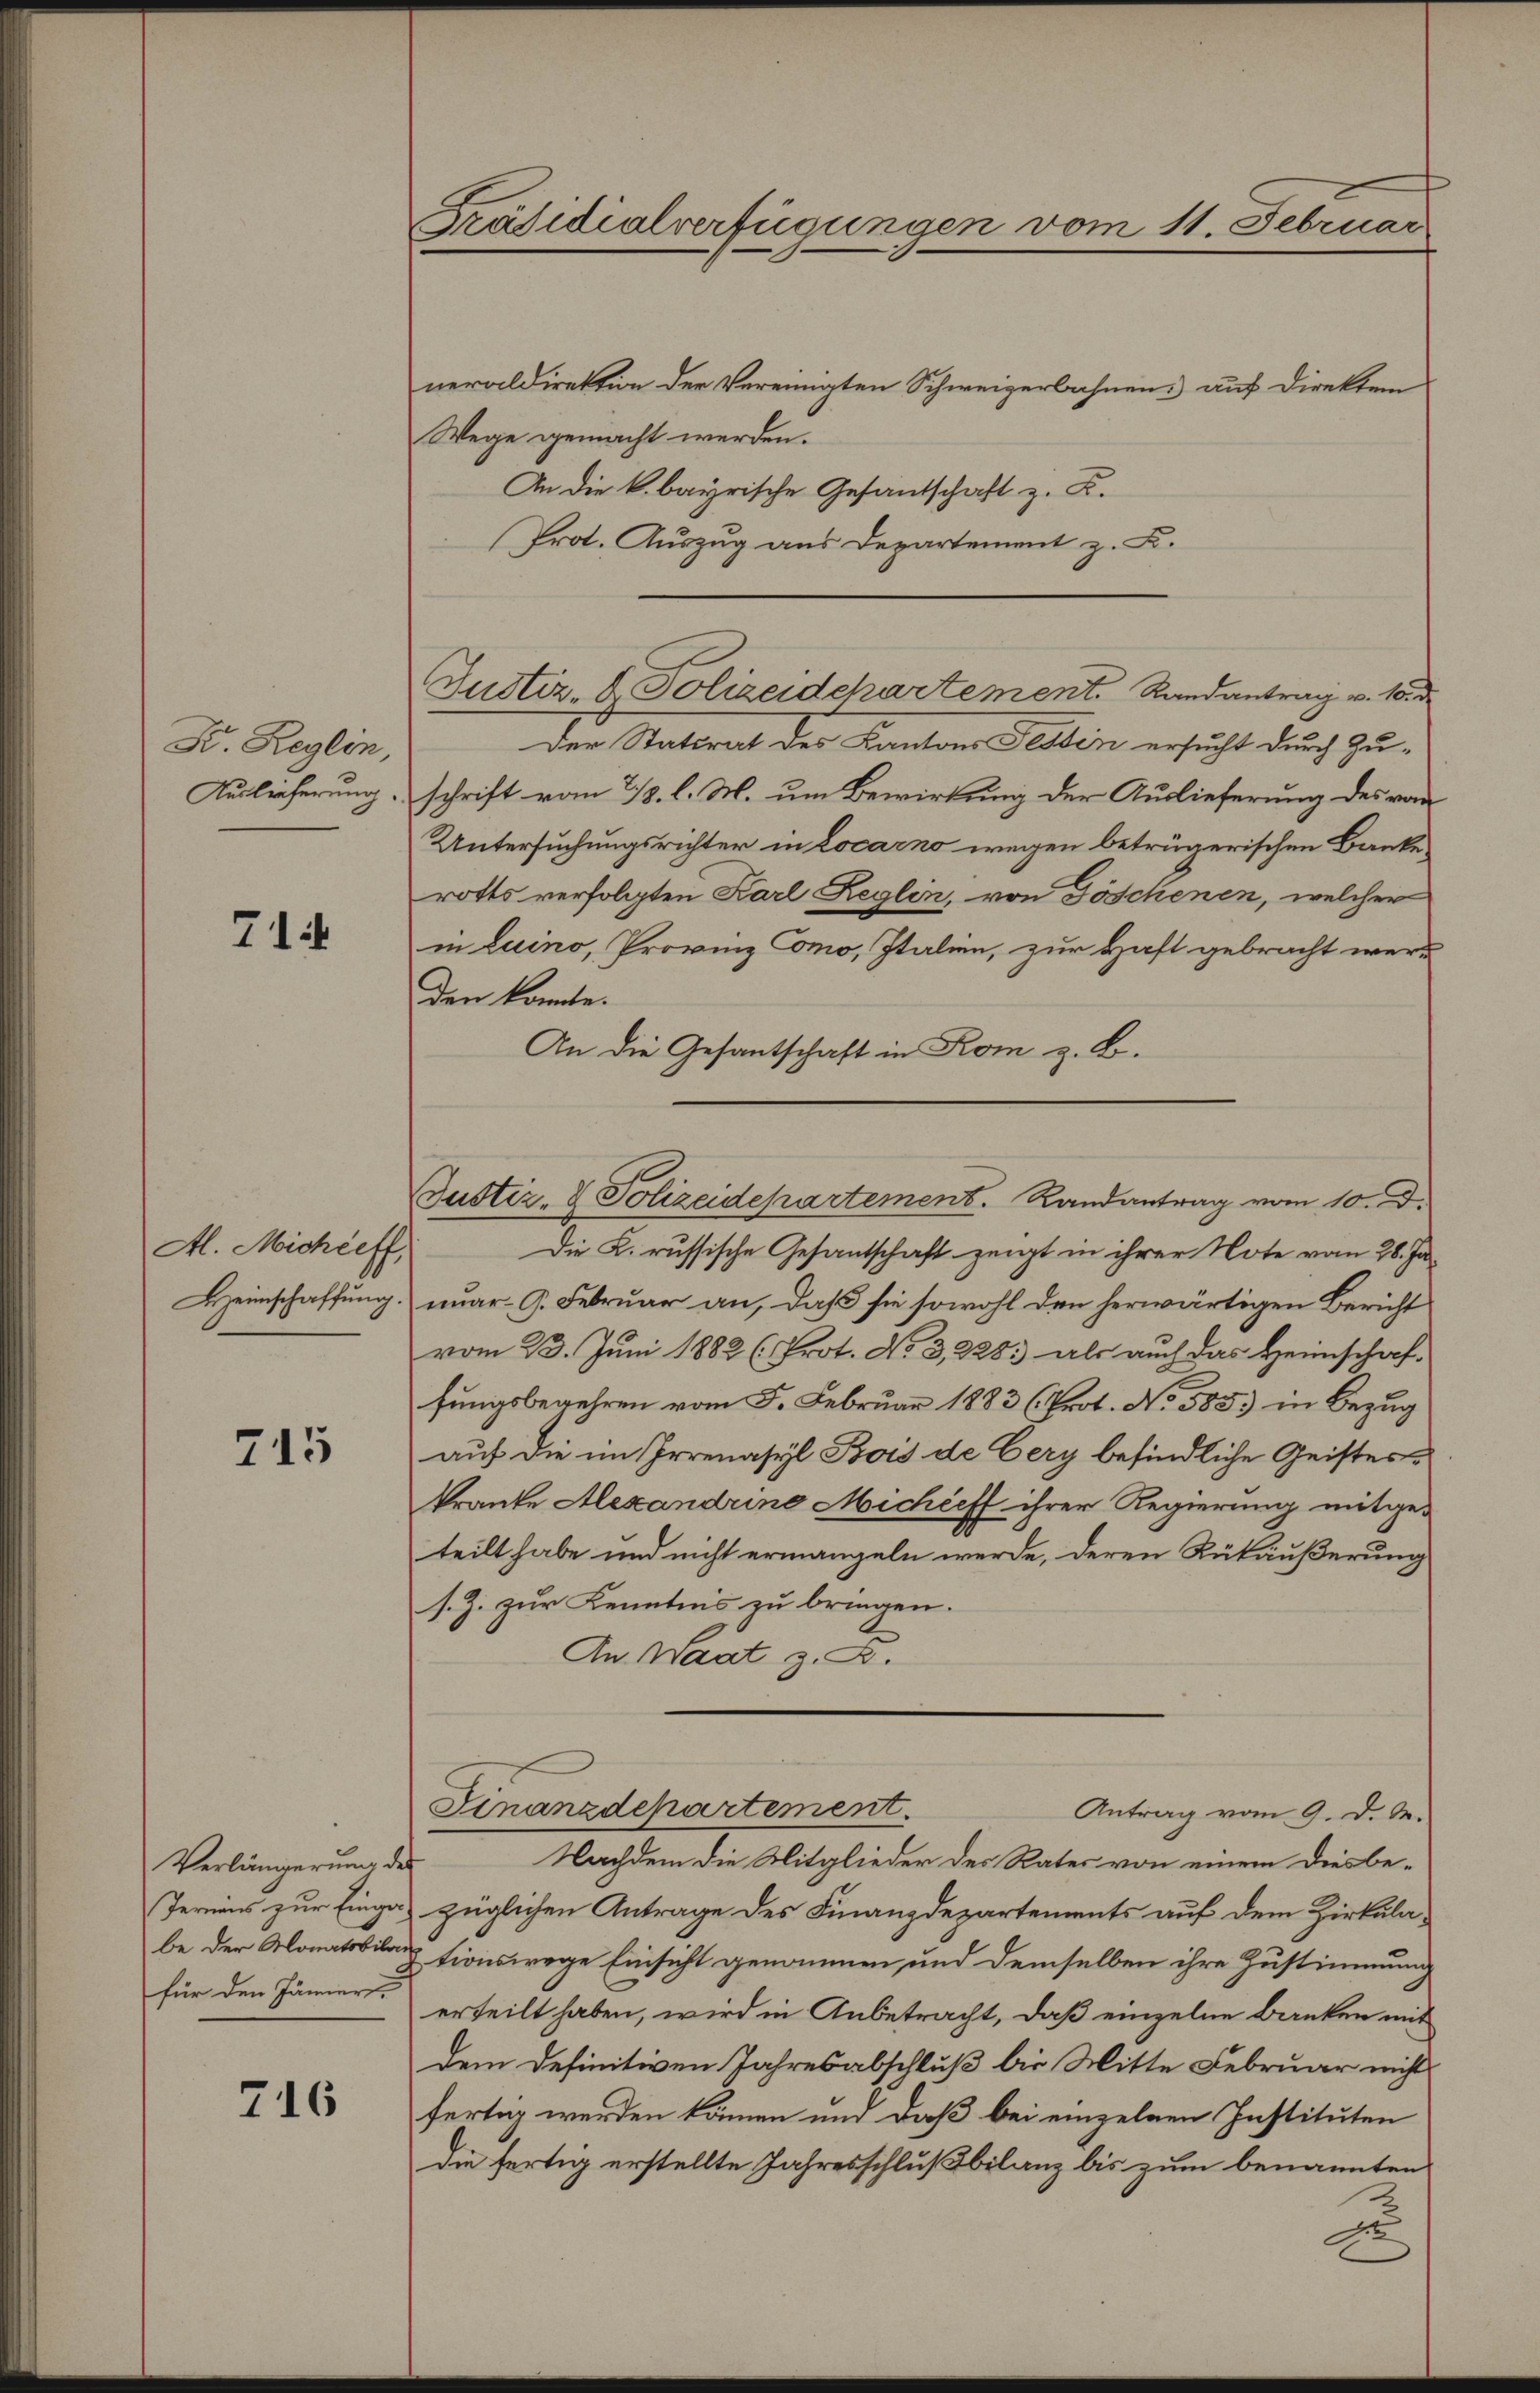
K. Reglin,
Auslieferung.

714

Al. Michleff,
Heimschaffung.

715

Verlängerung der
be der Monatsbild
für den Jänner

716

neraldirektion der Vereinigten Schweizerbahnen auf Direkter
Wege gemacht werden.
An die k. bayrische Gesandschaft z. B.
Prot. Auszug aus Departement z. B.

Präsidialverfügungen vom 11. Februar

Justiz- & Polizeidepartement. Randantrag v. 18. d

der Rattrat des Kanton Testin ersucht durch Zu-
schrift vom 2/3. l. M. um Bewirkung der Auslieferung des vom
Untersuchungsrichter in Locarno wegen betrügerischen Banke
rotts verfolgten Karl Reglin, von Joschienen, welcher
in Luino, Provinz Como, Italien, zur Haft gebracht werden konnte.
An die Gesantschaft in Rom z. B.
Die K. russische Gesantschaft zeigt in ihrer Note vom 28. Januar 9. Februar an, daß sie sowohl den herwärtigen Bericht
vom 23. Juni 1882 (Prot. No 3228 als auch das Heimschaf-
fungsbegehren vom 5. Februar 1883 (Prot. No 585) in Bezug
auf die im Irrenasyl Bois de Cery befindliche Geisteskrante Alexandrino Michieff ihrer Regierung mitge-
teilt habe und nicht ermangeln werde, deren Rükäußerung
s. Z. zur Kenntnis zu bringen.
An Waadt z. B.
Finanzdepartement.
Antrag vom 9. d. M.
Nachdem die Mitglieder des Rates von einem diesbe-
Termins zur Einga züglichen Antrage des Finanzdepartements auf dem Zirkula-
ztionswege Einsicht genommen, und demselben ihre Zustimmung
erteilt haben, wird in Anbetracht, daß einzelne Banken mit
dem definitiven Jahresabschluß bis Mitte Februar nicht
fertig werden können und daß bei einzelnen Instituten
Die fertig erstellte Jahresschlußbilanz bis zum benannten
x

Justiz- & Polizeidepartement. Randantrag vom 10. d.